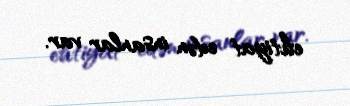
ehtiyat edən insanlar var.